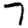
Digit: 7